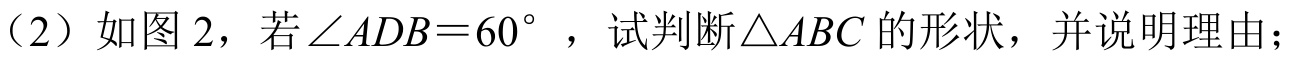
（2）如图 2，若\(\angle ADB = 60^{\circ}\)，试判断\(\triangle ABC\)的形状，并说明理由；